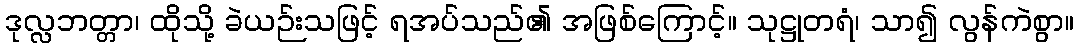
ဒုလ္လဘတ္တာ၊ ထိုသို့ ခဲယဉ်းသဖြင့် ရအပ်သည်၏ အဖြစ်ကြောင့်။ သုဋ္ဌုတရံ၊ သာ၍ လွန်ကဲစွာ။